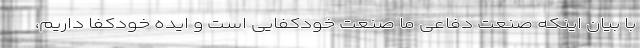
با بیان اینکه صنعت دفاعی ما صنعت خودکفایی است و ایده خودکفا داریم،‌